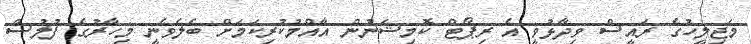
މަޖިލީހުގެ ރައީސް ވިދާޅުވީ އެ ރިޕޯޓް ކޮމިޝަނުން އާއްމުކުރިކަމަށް ބެލެވެނީ މިހާރުގެ ފުލުސް